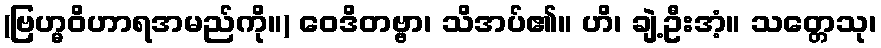
(ဗြဟ္မဝိဟာရအမည်ကို။) ဝေဒိတဗ္ဗာ၊ သိအပ်၏။ ဟိ၊ ချဲ့ဦးအံ့။ သတ္တေသု၊